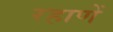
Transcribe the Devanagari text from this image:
रहाणें